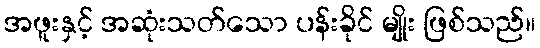
အဖူးနှင့် အဆုံးသတ်သော ပန်းခိုင် မျိုး ဖြစ်သည်။